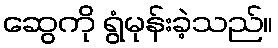
ဆွေကို ရွံမုန်းခဲ့သည်။